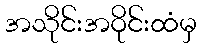
အသိုင်းအဝိုင်းထံမှ